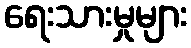
ရေးသားမှုများ